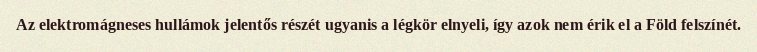
Az elektromágneses hullámok jelentős részét ugyanis a légkör elnyeli, így azok nem érik el a Föld felszínét.